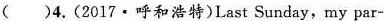
( )4.(2017 · 呼和浩特)Last Sunday,my par-